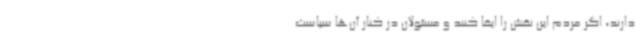
دارند، اگر مردم این نقش را ایفا کنند و مسئولان در کنار آن‌ها سیاست